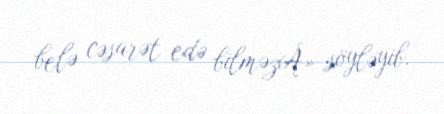
belə cəsarət edə bilməzÂ» söyləyib.